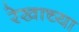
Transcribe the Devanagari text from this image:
रेखाच्या